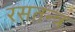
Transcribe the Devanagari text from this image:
रसतन्त्र